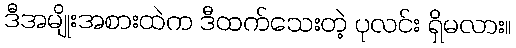
ဒီအမျိုးအစားထဲက ဒီထက်သေးတဲ့ ပုလင်း ရှိမလား။